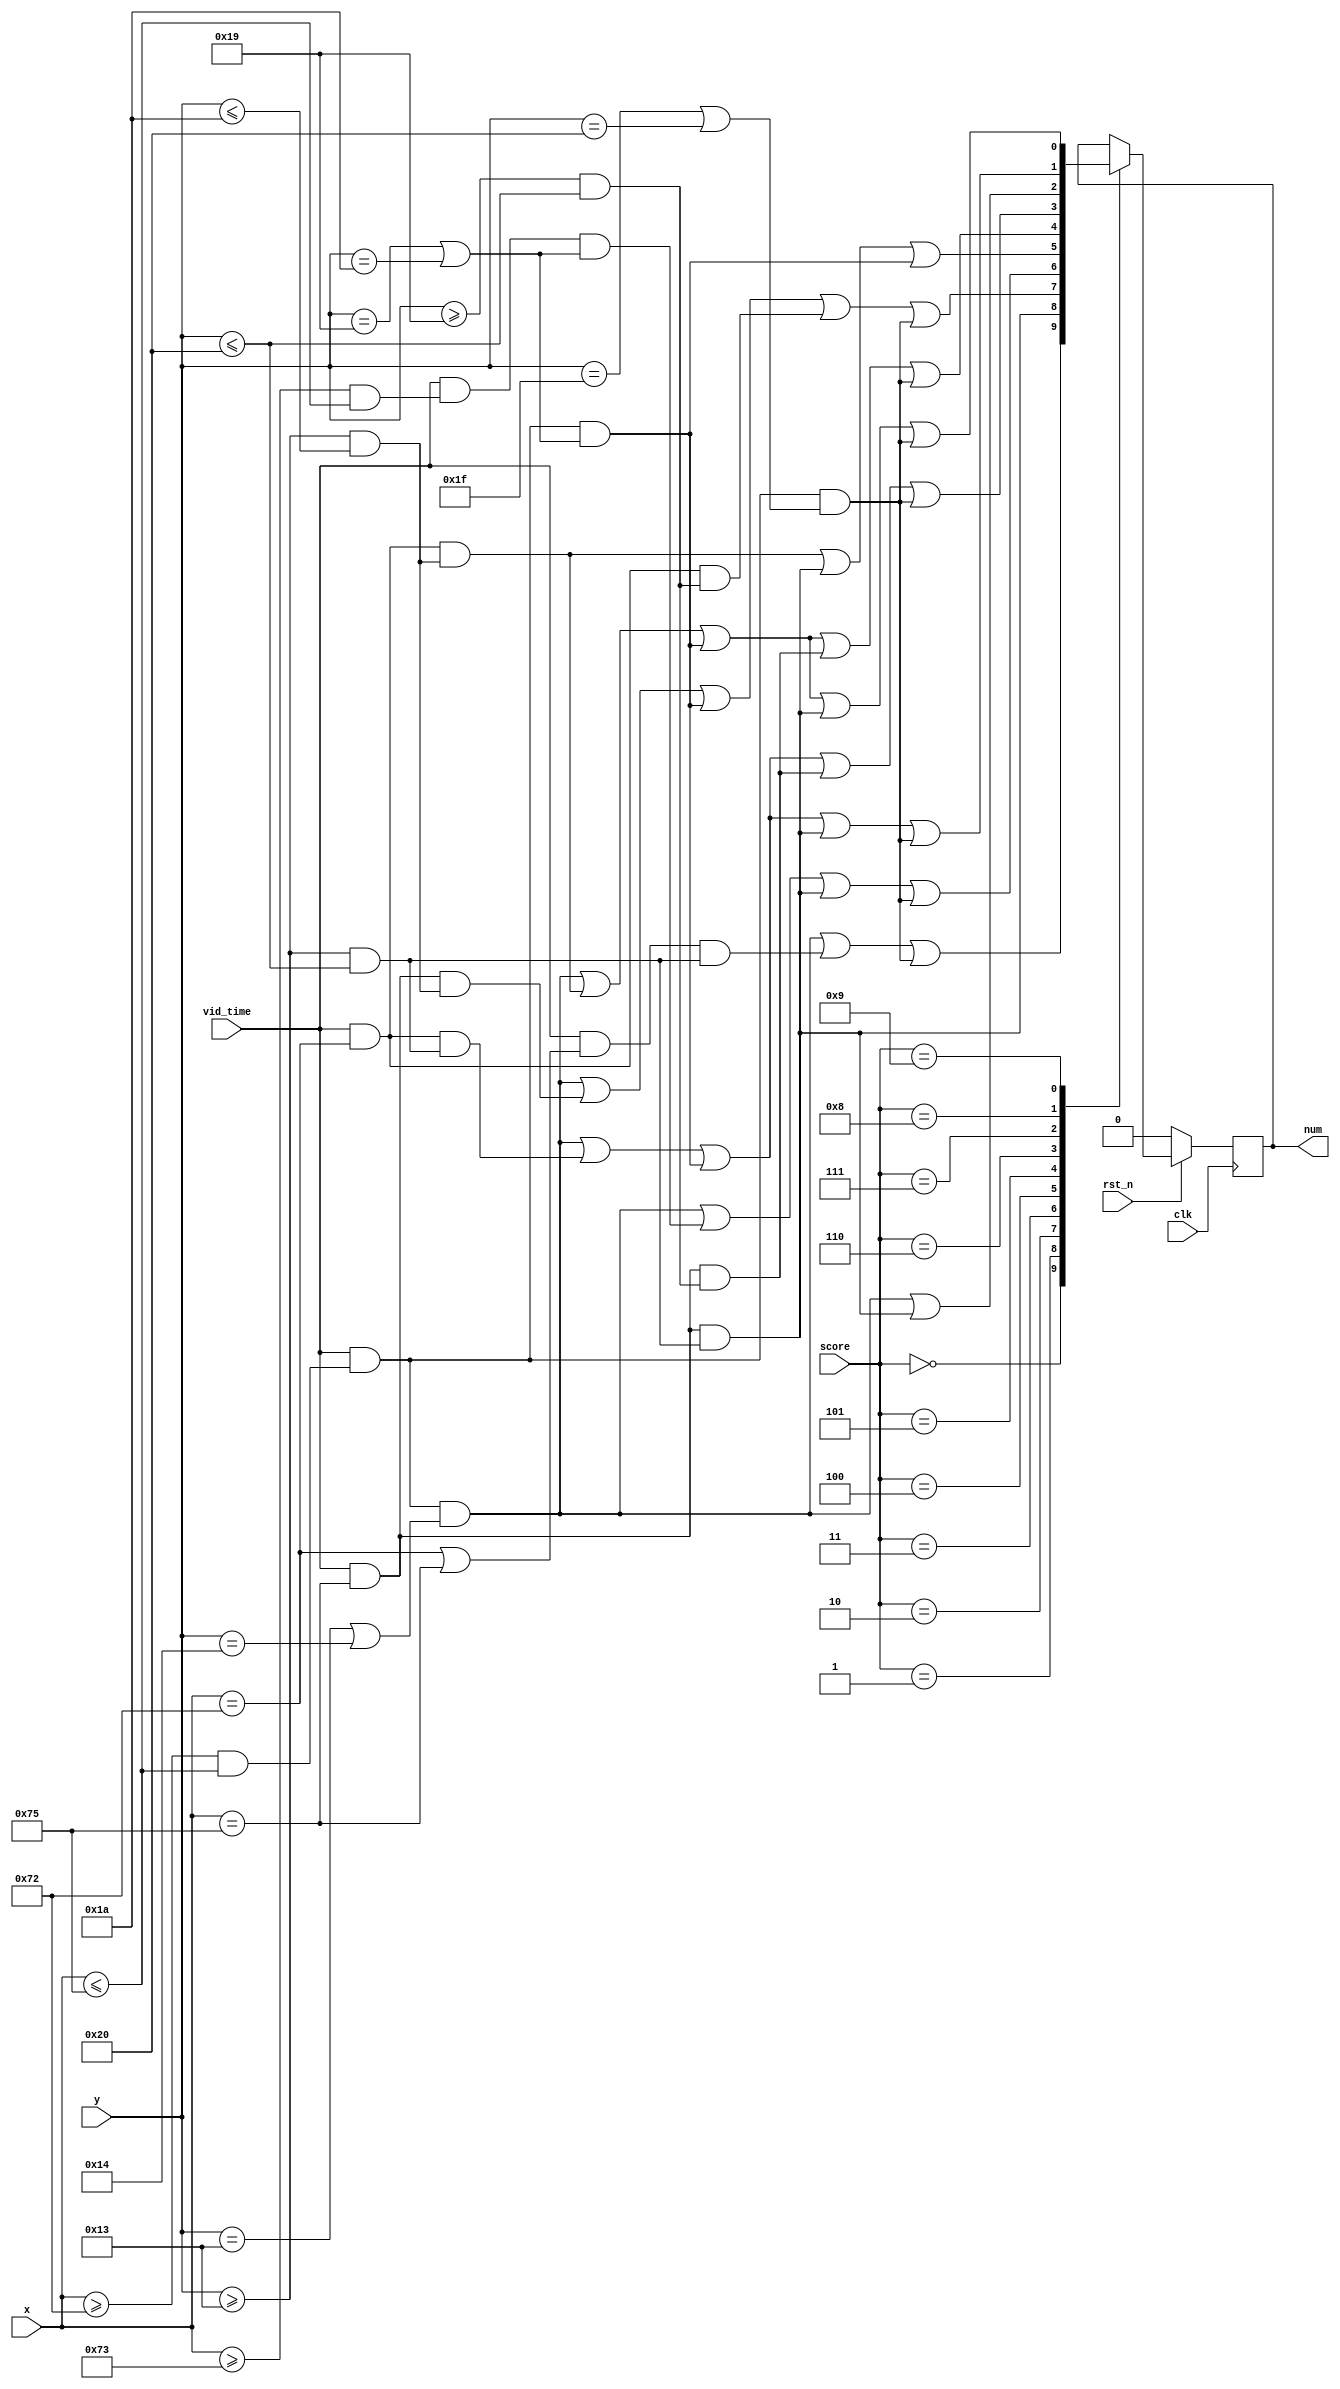
module vid_score #(parameter POSITION = 114 )
                  (clk,
                   rst_n,
                   score,
                   vid_time,
                   x,
                   y,
                   num 
                  );

//Where to display the number of the score
localparam NUM_LOW = POSITION;
localparam NUM_HI  = POSITION+3;


input            clk;
input            rst_n;
input  wire[3:0] score;
input  wire      vid_time;
input  wire[8:0] x;
input  wire[7:0] y;
output reg       num;

always @(posedge clk) begin
   if(~rst_n) begin
      num <= 0;    //data used to display player 0 score
   end else begin
      case(score)
          0: begin
                num <= (vid_time==1 && (x>=NUM_LOW && x<=NUM_HI ) && (y==19  || y==20 ) ) ||
                        (vid_time==1 && (x==NUM_LOW || x==NUM_HI ) && (y>=19  && y<=32 ) ) ||
                        (vid_time==1 && (x>=NUM_LOW && x<=NUM_HI ) && (y==31  || y==32 ) ) ;
             end
          1: begin
                num <= (vid_time==1 && (         x==NUM_HI ) && (y>=19  && y<=32 ) ) ;
             end
          2: begin
                num <= (vid_time==1 && (x>=NUM_LOW && x<=NUM_HI ) && (y==19  || y==20 ) ) ||
                        (vid_time==1 && (x==NUM_HI          ) && (y>=19  && y<=26 ) ) ||
                        (vid_time==1 && (x>=NUM_LOW && x<=NUM_HI ) && (y==25  || y==26 ) ) ||
                        (vid_time==1 && (x==NUM_LOW          ) && (y>=25  && y<=32 ) ) ||
                        (vid_time==1 && (x>=NUM_LOW && x<=NUM_HI ) && (y==31  || y==32 ) ) ;
             end
          3: begin
                num <= (vid_time==1 && (x>=NUM_LOW    && x<=NUM_HI ) && (y==19  || y==20 ) ) ||
                       (vid_time==1 && (x>=(NUM_LOW+1) && x<=NUM_HI ) && (y==25  || y==26 ) ) ||
                       (vid_time==1 && (                   x==NUM_HI ) && (y>=19  && y<=32 ) ) ||
                       (vid_time==1 && (x>=NUM_LOW     && x<=NUM_HI ) && (y==31  || y==32 ) ) ;
             end
          4: begin
                num <= (vid_time==1 && (x==NUM_LOW          ) && (y>=19 && y<=26 ) ) ||
                       (vid_time==1 && (         x==NUM_HI ) && (y>=19 && y<=32 ) ) ||
                       (vid_time==1 && (x>=NUM_LOW && x<=NUM_HI ) && (y==25  || y==26 ) ) ;
             end
          5: begin
                num <= (vid_time==1 && (x>=NUM_LOW && x<=NUM_HI ) && (y==19  || y==20 ) ) ||
                       (vid_time==1 && (x==NUM_LOW          ) && (y>=19  && y<=26 ) ) ||
                       (vid_time==1 && (x>=NUM_LOW && x<=NUM_HI ) && (y==25  || y==26 ) ) ||
                       (vid_time==1 && (x==NUM_HI          ) && (y>=25  && y<=32 ) ) ||
                       (vid_time==1 && (x>=NUM_LOW && x<=NUM_HI ) && (y==31  || y==32 ) ) ;
             end
          6: begin
                num <= (vid_time==1 && (x>=NUM_LOW && x<=NUM_HI ) && (y==19  || y==20 ) ) ||
                       (vid_time==1 && (x==NUM_LOW          ) && (y>=19  && y<=32 ) ) ||
                       (vid_time==1 && (x>=NUM_LOW && x<=NUM_HI ) && (y==25  || y==26 ) ) ||
                       (vid_time==1 && (x==NUM_HI          ) && (y>=25  && y<=32 ) ) ||
                       (vid_time==1 && (x>=NUM_LOW && x<=NUM_HI ) && (y==31  || y==32 ) ) ;
             end
          7: begin
                num <= (vid_time==1 && (x>=NUM_LOW && x<=NUM_HI ) && (y==19  || y==20 ) ) ||
                       (vid_time==1 && (x==NUM_HI          ) && (y>=19  && y<=32 ) ) ;
             end
          8: begin
                num <= (vid_time==1 && (x>=NUM_LOW && x<=NUM_HI ) && (y==19  || y==20 ) ) ||
                       (vid_time==1 && (x==NUM_LOW          ) && (y>=19  && y<=32 ) ) ||
                       (vid_time==1 && (x>=NUM_LOW && x<=NUM_HI ) && (y==25  || y==26 ) ) ||
                       (vid_time==1 && (x==NUM_HI          ) && (y>=19  && y<=32 ) ) ||
                       (vid_time==1 && (x>=NUM_LOW && x<=NUM_HI ) && (y==31  || y==32 ) ) ;
             end
          9: begin
                num <= (vid_time==1 && (x>=NUM_LOW && x<=NUM_HI ) && (y==19  || y==20 ) ) ||
                       (vid_time==1 && (x==NUM_LOW          ) && (y>=19  && y<=26 ) ) ||
                       (vid_time==1 && (x>=NUM_LOW && x<=NUM_HI ) && (y==25  || y==26 ) ) ||
                       (vid_time==1 && (x==NUM_HI          ) && (y>=19  && y<=32 ) ) ||
                       (vid_time==1 && (x>=NUM_LOW && x<=NUM_HI ) && (y==31  || y==32 ) ) ;
             end
      endcase
   end
end

endmodule